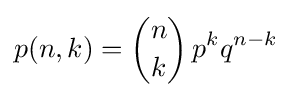
p(n,k)={n \choose k}\,p^{k}q^{n-k}